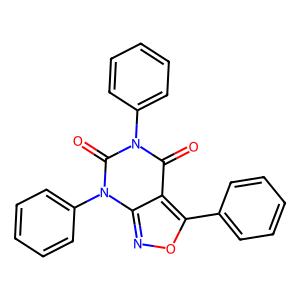
SMILES: O=c1c2c(-c3ccccc3)onc2n(-c2ccccc2)c(=O)n1-c1ccccc1
Inhibits HIV replication: No